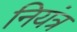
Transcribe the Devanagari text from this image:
नियंत्र